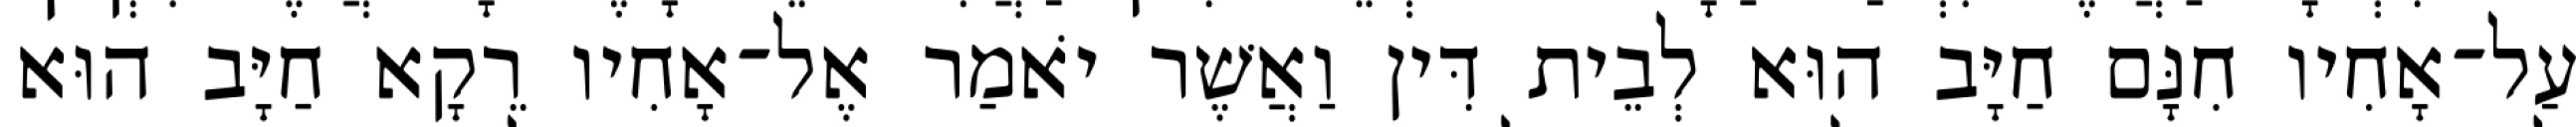
עַל־אָחִיו חִנָּם חַיָּב הוּא לְבֵית דִּין וַאֲשֶׁר יֹאמַר אֶל־אָחִיו רֵקָא חַיָּב הוּא